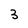
Character: 3